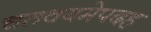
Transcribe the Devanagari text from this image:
चतवबमेपदह